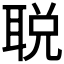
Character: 𬚜